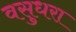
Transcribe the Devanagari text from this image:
वसुधरा